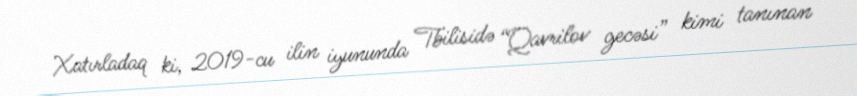
Xatırladaq ki, 2019-cu ilin iyununda Tbilisidə “Qavrilov gecəsi” kimi tanınan